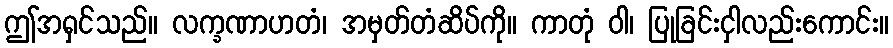
ဤအရှင်သည်။ လက္ခဏာဟတံ၊ အမှတ်တံဆိပ်ကို။ ကာတုံ ဝါ၊ ပြုခြင်းငှါလည်းကောင်း။